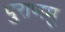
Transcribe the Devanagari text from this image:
पुराणमु